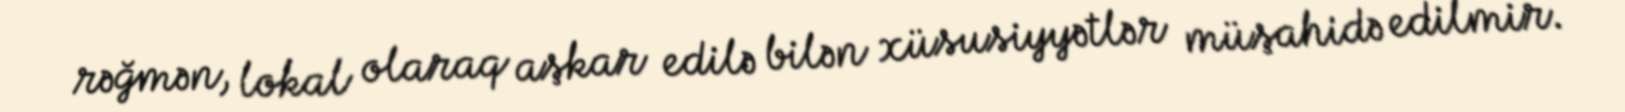
rəğmən, lokal olaraq aşkar edilə bilən xüsusiyyətlər müşahidə edilmir.